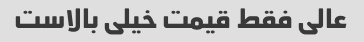
عالی فقط قیمت خیلی بالاست